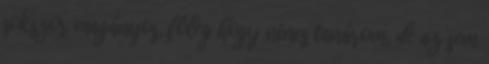
sokszor magányos, főleg hogy nincs tanárom, de az sem